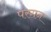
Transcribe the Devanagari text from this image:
परगन